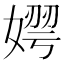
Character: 𡟂